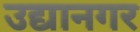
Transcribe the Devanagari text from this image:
उद्यानगर